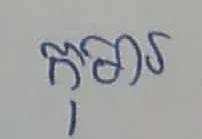
កុមារ